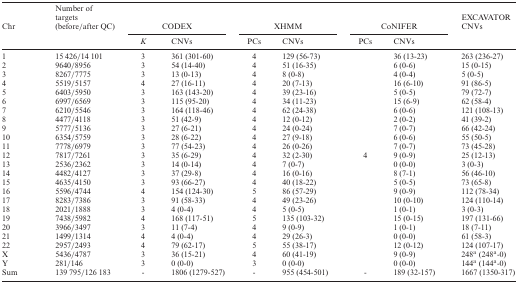
<table><thead><tr><td><b>Chr</b></td><td><b>Number of targets (before/after QC)</b></td><td colspan="2"><b>CODEX</b></td><td colspan="2"><b>XHMM</b></td><td colspan="2"><b>CoNIFER</b></td><td><b>EXCAVATOR CNVs</b></td></tr><tr><td></td><td></td><td><b><i>K</i></b></td><td><b>CNVs</b></td><td><b>PCs</b></td><td><b>CNVs</b></td><td><b>PCs</b></td><td><b>CNVs</b></td><td></td></tr></thead><tbody><tr><td>1</td><td>15 426/14 101</td><td>3</td><td>361 (301-60)</td><td>4</td><td>129 (56-73)</td><td></td><td>36 (13-23)</td><td>263 (236-27)</td></tr><tr><td>2</td><td>9640/8956</td><td>3</td><td>54 (14-40)</td><td>4</td><td>51 (16-35)</td><td></td><td>6 (0-6)</td><td>15 (0-15)</td></tr><tr><td>3</td><td>8267/7775</td><td>3</td><td>13 (0-13)</td><td>4</td><td>8 (0-8)</td><td></td><td>4 (0-4)</td><td>5 (0-5)</td></tr><tr><td>4</td><td>5519/5157</td><td>4</td><td>27 (16-11)</td><td>4</td><td>20 (7-13)</td><td></td><td>16 (6-10)</td><td>91 (86-5)</td></tr><tr><td>5</td><td>6403/5950</td><td>3</td><td>163 (143-20)</td><td>4</td><td>39 (23-16)</td><td></td><td>5 (0-5)</td><td>79 (72-7)</td></tr><tr><td>6</td><td>6997/6569</td><td>3</td><td>115 (95-20)</td><td>4</td><td>34 (11-23)</td><td></td><td>15 (6-9)</td><td>62 (58-4)</td></tr><tr><td>7</td><td>6210/5546</td><td>3</td><td>164 (118-46)</td><td>4</td><td>62 (24-38)</td><td></td><td>6 (0-6)</td><td>121 (108-13)</td></tr><tr><td>8</td><td>4477/4118</td><td>3</td><td>51 (42-9)</td><td>4</td><td>12 (0-12)</td><td></td><td>2 (0-2)</td><td>41 (39-2)</td></tr><tr><td>9</td><td>5777/5136</td><td>3</td><td>27 (6-21)</td><td>4</td><td>24 (0-24)</td><td></td><td>7 (0-7)</td><td>66 (42-24)</td></tr><tr><td>10</td><td>6354/5759</td><td>3</td><td>28 (6-22)</td><td>4</td><td>27 (9-18)</td><td></td><td>6 (0-6)</td><td>55 (50-5)</td></tr><tr><td>11</td><td>7778/6979</td><td>3</td><td>77 (54-23)</td><td>4</td><td>26 (0-26)</td><td></td><td>7 (0-7)</td><td>73 (45-28)</td></tr><tr><td>12</td><td>7817/7261</td><td>3</td><td>35 (6-29)</td><td>4</td><td>32 (2-30)</td><td>4</td><td>9 (0-9)</td><td>25 (12-13)</td></tr><tr><td>13</td><td>2536/2362</td><td>3</td><td>14 (0-14)</td><td>4</td><td>7 (0-7)</td><td></td><td>0 (0-0)</td><td>3 (0-3)</td></tr><tr><td>14</td><td>4482/4127</td><td>3</td><td>37 (29-8)</td><td>4</td><td>16 (0-16)</td><td></td><td>8 (7-1)</td><td>56 (46-10)</td></tr><tr><td>15</td><td>4635/4150</td><td>3</td><td>93 (66-27)</td><td>4</td><td>40 (18-22)</td><td></td><td>5 (0-5)</td><td>73 (65-8)</td></tr><tr><td>16</td><td>5596/4744</td><td>4</td><td>154 (124-30)</td><td>5</td><td>86 (57-29)</td><td></td><td>9 (0-9)</td><td>112 (78-34)</td></tr><tr><td>17</td><td>8283/7386</td><td>3</td><td>91 (58-33)</td><td>4</td><td>49 (23-26)</td><td></td><td>10 (0-10)</td><td>124 (110-14)</td></tr><tr><td>18</td><td>2021/1888</td><td>3</td><td>4 (0-4)</td><td>4</td><td>5 (0-5)</td><td></td><td>1 (0-1)</td><td>3 (0-3)</td></tr><tr><td>19</td><td>7438/5982</td><td>4</td><td>168 (117-51)</td><td>5</td><td>135 (103-32)</td><td></td><td>15 (0-15)</td><td>197 (131-66)</td></tr><tr><td>20</td><td>3966/3497</td><td>3</td><td>11 (7-4)</td><td>4</td><td>9 (0-9)</td><td></td><td>1 (0-1)</td><td>18 (7-11)</td></tr><tr><td>21</td><td>1499/1314</td><td>4</td><td>4 (0-4)</td><td>4</td><td>29 (26-3)</td><td></td><td>0 (0-0)</td><td>61 (58-3)</td></tr><tr><td>22</td><td>2957/2493</td><td>4</td><td>79 (62-17)</td><td>5</td><td>55 (38-17)</td><td></td><td>12 (0-12)</td><td>124 (107-17)</td></tr><tr><td>X</td><td>5436/4787</td><td>3</td><td>36 (15-21)</td><td>4</td><td>60 (41-19)</td><td></td><td>9 (0-9)</td><td>248<sup>a</sup> (248<sup>a</sup>-0)</td></tr><tr><td>Y</td><td>281/146</td><td>3</td><td>0 (0-0)</td><td>3</td><td>0 (0-0)</td><td></td><td>0 (0-0)</td><td>144<sup>a</sup> (144<sup>a</sup>-0)</td></tr><tr><td>Sum</td><td>139 795/126 183</td><td>-</td><td>1806 (1279-527)</td><td>-</td><td>955 (454-501)</td><td>-</td><td>189 (32-157)</td><td>1667 (1350-317)</td></tr></tbody></table>